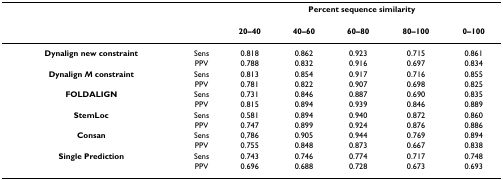
<table><thead><tr><td></td><td></td><td colspan="5"><b>Percent sequence similarity</b></td></tr><tr><td></td><td></td><td><b>20–40</b></td><td><b>40–60</b></td><td><b>60–80</b></td><td><b>80–100</b></td><td><b>0–100</b></td></tr></thead><tbody><tr><td><b>Dynalign new constraint</b></td><td>Sens</td><td>0.818</td><td>0.862</td><td>0.923</td><td>0.715</td><td>0.861</td></tr><tr><td></td><td>PPV</td><td>0.788</td><td>0.832</td><td>0.916</td><td>0.697</td><td>0.834</td></tr><tr><td><b>Dynalign <i>M </i>constraint</b></td><td>Sens</td><td>0.813</td><td>0.854</td><td>0.917</td><td>0.716</td><td>0.855</td></tr><tr><td></td><td>PPV</td><td>0.781</td><td>0.822</td><td>0.907</td><td>0.698</td><td>0.825</td></tr><tr><td><b>FOLDALIGN</b></td><td>Sens</td><td>0.731</td><td>0.846</td><td>0.887</td><td>0.690</td><td>0.835</td></tr><tr><td></td><td>PPV</td><td>0.815</td><td>0.894</td><td>0.939</td><td>0.846</td><td>0.889</td></tr><tr><td><b>StemLoc</b></td><td>Sens</td><td>0.581</td><td>0.894</td><td>0.940</td><td>0.872</td><td>0.860</td></tr><tr><td></td><td>PPV</td><td>0.747</td><td>0.899</td><td>0.924</td><td>0.876</td><td>0.886</td></tr><tr><td><b>Consan</b></td><td>Sens</td><td>0,786</td><td>0.905</td><td>0.944</td><td>0.769</td><td>0.894</td></tr><tr><td></td><td>PPV</td><td>0.755</td><td>0.848</td><td>0.873</td><td>0.667</td><td>0.838</td></tr><tr><td><b>Single Prediction</b></td><td>Sens</td><td>0.743</td><td>0.746</td><td>0.774</td><td>0.717</td><td>0.748</td></tr><tr><td></td><td>PPV</td><td>0.696</td><td>0.688</td><td>0.728</td><td>0.673</td><td>0.693</td></tr></tbody></table>